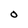
Character: 0